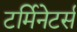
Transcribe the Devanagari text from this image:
टर्मिनेटर्स